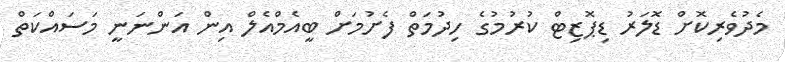
މެދުވެރިކޮށް ޑޮލަރު ޑިޕޮޒިޓް ކުރުމުގެ ހިދުމަތް ފެށުމަށް ބީއެމްއެލް އިން އަންނަނީ މަސައްކަތް